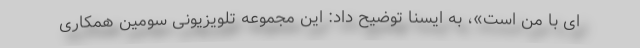
ای با من است»، به ایسنا توضیح داد: این مجموعه تلویزیونی سومین همکاری